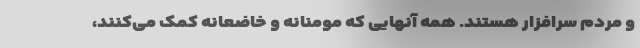
و مردم سرافزار هستند. همه آنهایی که مومنانه و خاضعانه کمک می‌کنند،